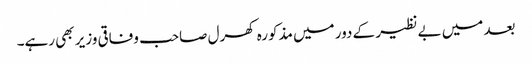
بعد میں بے نظیر کے دور میں مذکورہ کھرل صاحب وفاقی وزیر بھی رہے۔